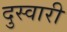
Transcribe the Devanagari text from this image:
दुस्वारी